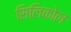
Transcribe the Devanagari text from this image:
सिलिकोल